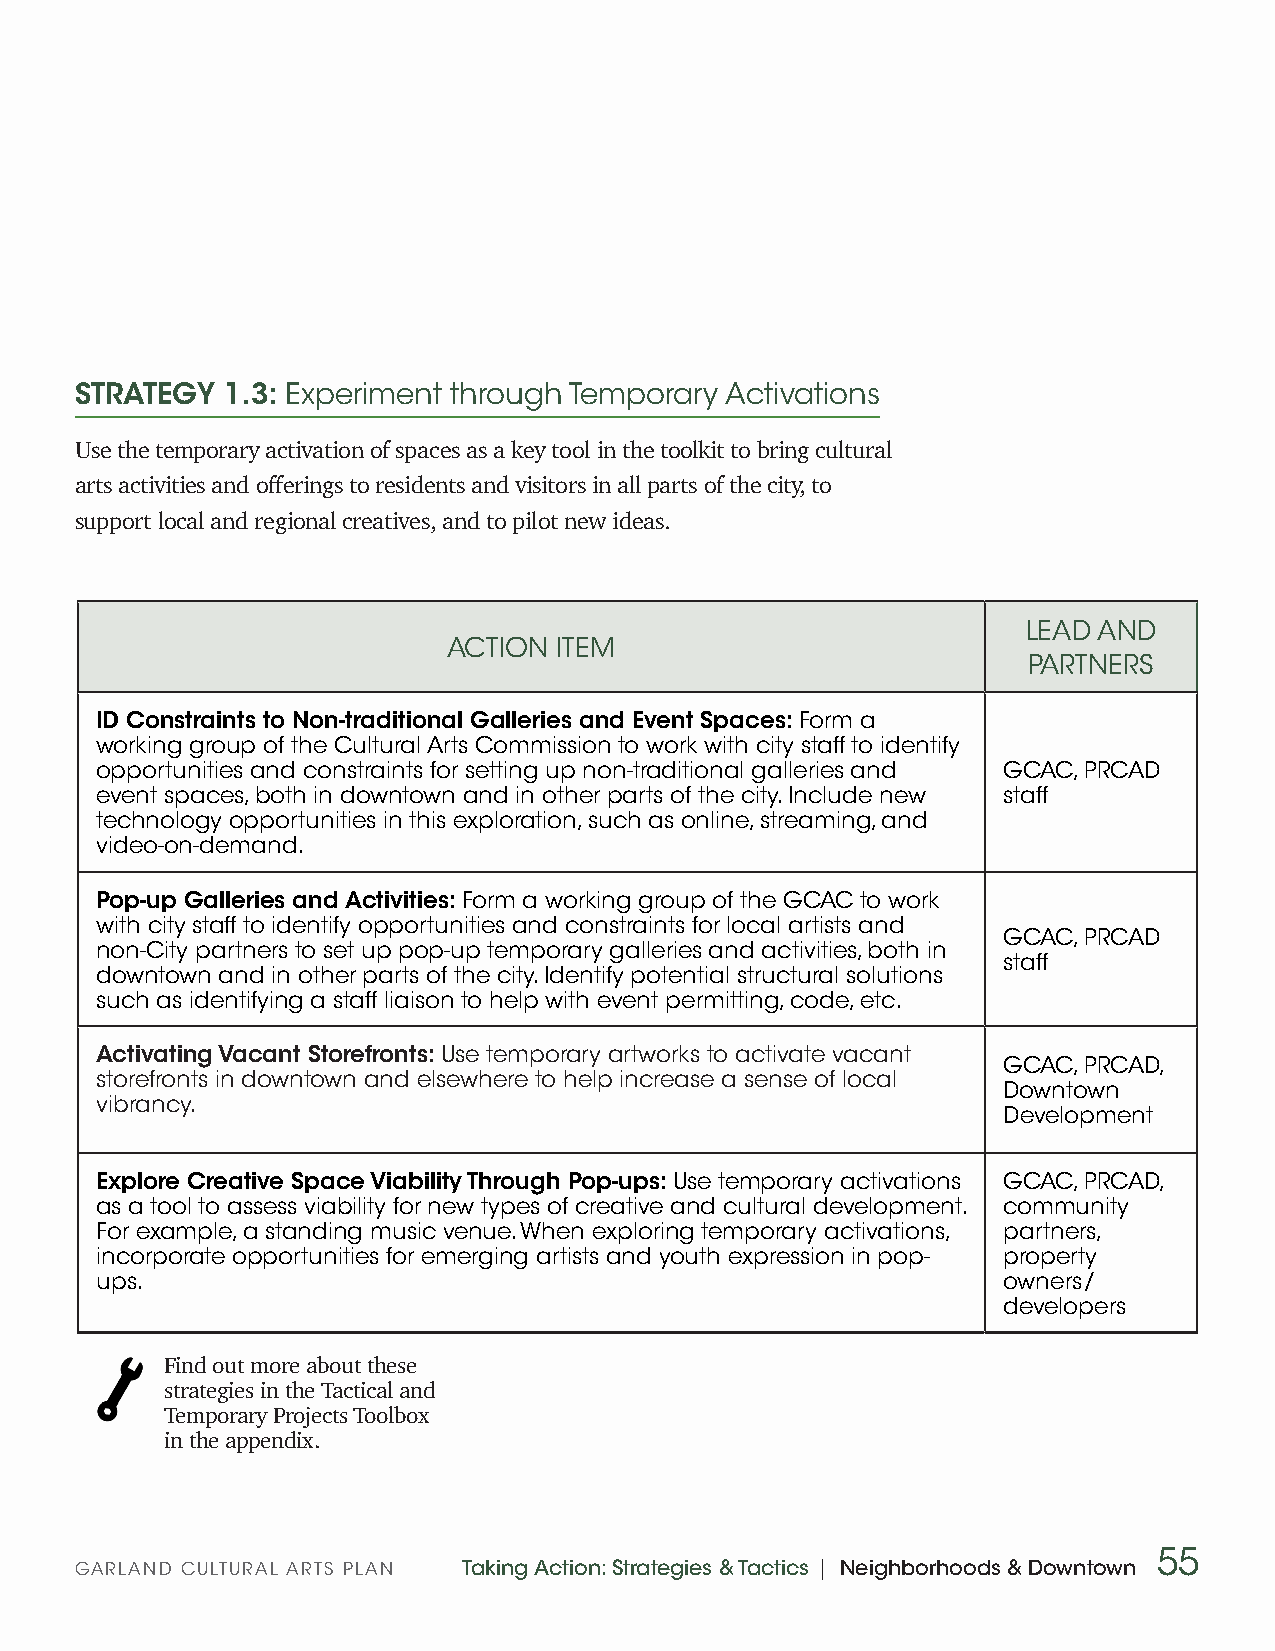
STRATEGY  1.3: Experiment through Temporary Activations
 Use the temporary activation of spaces as a key tool in the toolkit to bring cultural
 arts activities and offerings to residents and visitors in all parts of the city, to
 support local and regional creatives, and to pilot new ideas.
 LEAD AND
 ACTION ITEM
 PARTNERS
 ID Constraints to Non-traditional Galleries and Event Spaces: Form a
 working group of the Cultural Arts Commission to work with city staff to identify
 opportunities and constraints for setting up non-traditional galleries and GCAC, PRCAD
 event spaces, both in downtown and in other parts of the city. Include new staff
 technology opportunities in this exploration, such as online, streaming, and
 video-on-demand.
 Pop-up Galleries and Activities: Form a working group of the GCAC to work
 with city staff to identify opportunities and constraints for local artists and
 GCAC, PRCAD
 non-City partners to set up pop-up temporary galleries and activities, both in
 staff
 downtown and in other parts of the city. Identify potential structural solutions
 such as identifying a staff liaison to help with event permitting, code, etc.
 Activating Vacant Storefronts: Use temporary artworks to activate vacant
 GCAC, PRCAD,
 storefronts in downtown and elsewhere to help increase a sense of local
 Downtown
 vibrancy.
 Development
 Explore Creative Space Viability Through Pop-ups: Use temporary activations GCAC, PRCAD,
 as a tool to assess viability for new types of creative and cultural development. community
 For example, a standing music venue. When exploring temporary activations, partners,
 incorporate opportunities for emerging artists and youth expression in pop- property
 ups.                                                        owners/
 developers
 Find out more about these
 strategies in the Tactical and
 Temporary Projects Toolbox
 in the appendix.
 55
 GARLAND CULTURAL ARTS PLAN Taking Action: Strategies & Tactics | Neighborhoods & Downtown